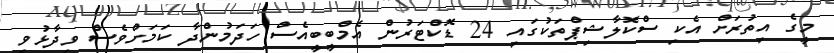
މީގެ އިތުރަށް އެކި ސްކޮލާޝިޕްތަކުގައި 24 ޑޮކްޓަރުން އެމްބީބީއެސް ހަދަމުންދާ ކަމަށްވެސް ވިދާޅުވި